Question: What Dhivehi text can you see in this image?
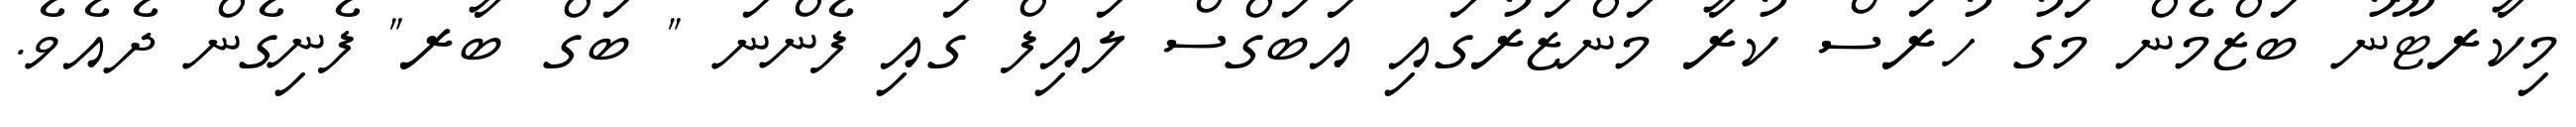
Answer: މިކާރޓޫނު ބަޒްމެން މަގު ހުރަސް ކުރާ މަންޒަރުގައި އަބަގްސް ލައިފް ގައި ފެންނަ " ބަގް ބާރ" ފެނިގެން ދެއެވެ.